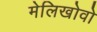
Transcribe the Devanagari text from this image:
मेलिखोवो